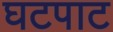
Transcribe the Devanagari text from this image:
घटपाट